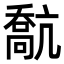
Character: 𠿕